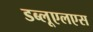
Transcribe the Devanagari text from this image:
डब्लूएलएस